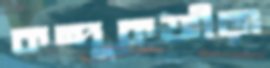
কন্দূকক্রীড়া